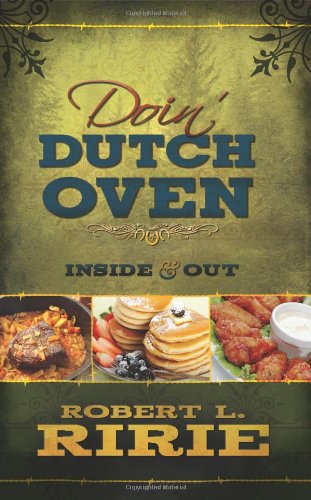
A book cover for Doin' Dutch Oven: Inside and Out; Robert L. Ririe; Cookbooks, Food & Wine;